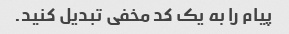
پیام را به یک کد مخفی تبدیل کنید.